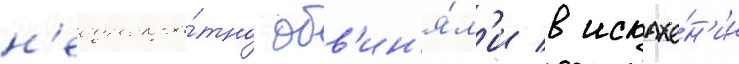
н'еоднокра́тно обв'ин'я́л'и в искаже́н'ии